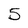
Character: 5